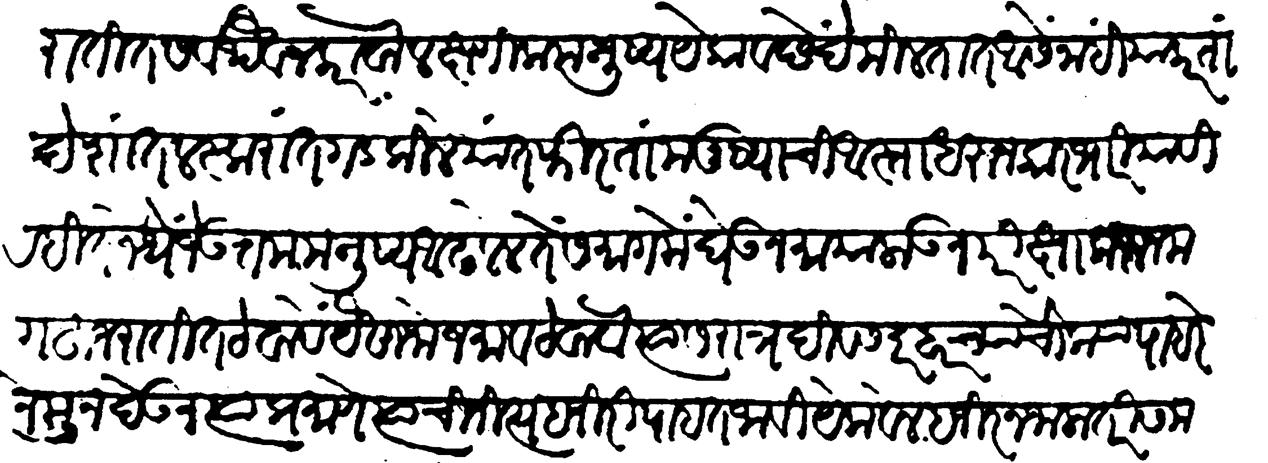
Transliteration (Devanagari): हुजरातींत सर्वथैव न करावा लक्षणीक मनुष्य एकावच्छेदें मिळतात आसें नाही या करता देशांत, लस्करांत गडकिल्ले यांत फिरता मनुष्याची अस्ता धरुन कारभारी या विरहित जेथें जें उत्तम मनुष्य आढळेल तें समागमें घेऊन माया लाऊन परीक्षा करुन मग हुजरातींत ठेवावें यैसा जो जमाव ठेवावा त्यास रात्रंदिवस दरबारच्या चौक्या पाहरे नेमून देऊन त्याप्रमाणे त्यांची नित्य हजरी पाहत जावी येक वेल हजीर न जाला तरी समजाऊन